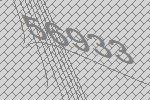
56933